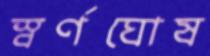
স্বর্ণঘোষ